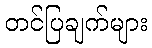
တင်ပြချက်များ